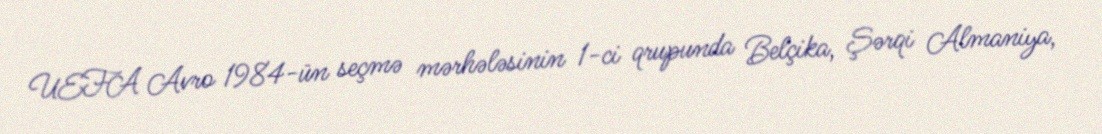
UEFA Avro 1984-ün seçmə mərhələsinin 1-ci qrupunda Belçika, Şərqi Almaniya,